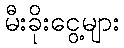
မီးခိုးငွေ့များ